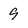
Character: 9